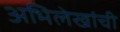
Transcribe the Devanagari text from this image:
अभिलेखांची